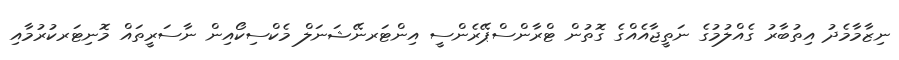
ނިޒާމާމެދު އިތުބާރު ގެއްލުމުގެ ނަތީޖާއެއްގެ ގޮތުން ޓްރާންސްޕޭރެންސީ އިންޓަރނޭޝަނަލް މެކްސިކޯއިން ނާސަރީތައް މޮނިޓަރކުރުމާއި